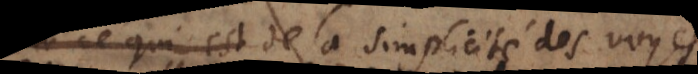
ce qui est de la simplicité des voyes